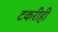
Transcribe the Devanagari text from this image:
टकरीही